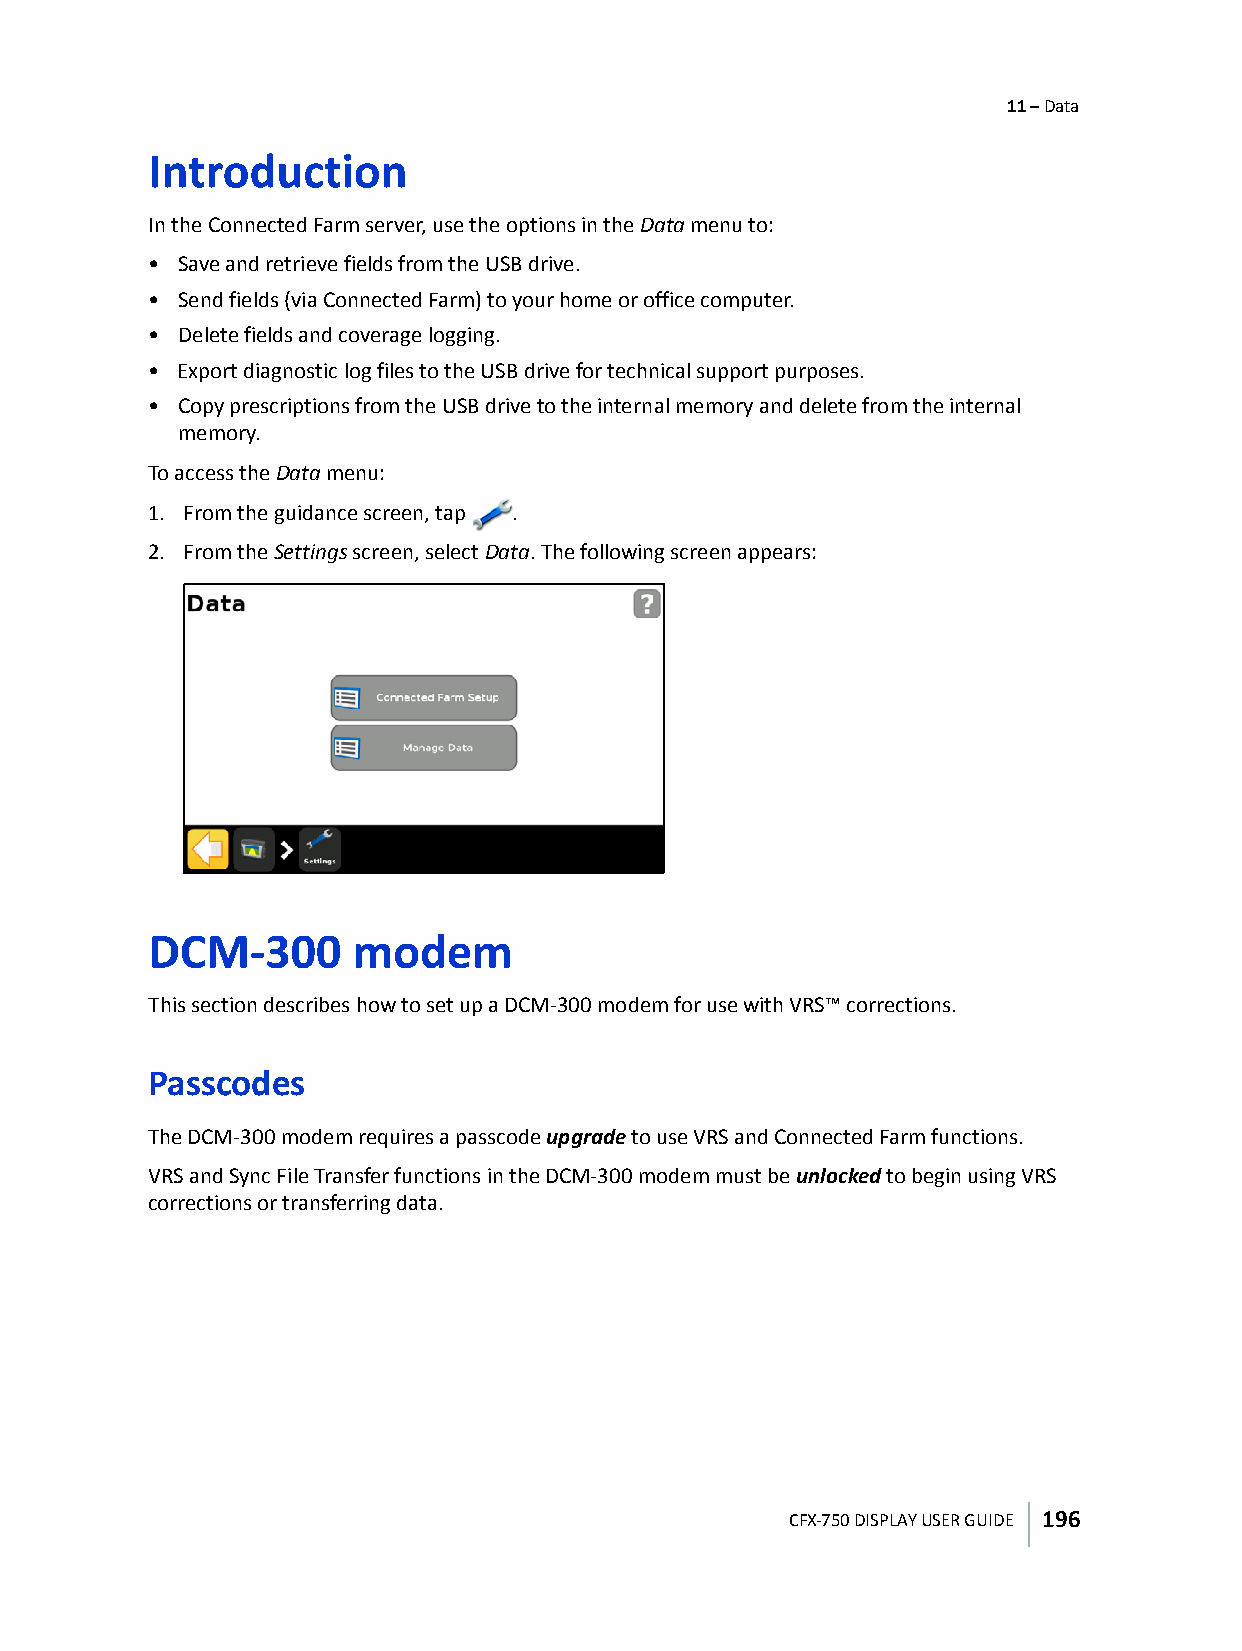
11 – Data
 Introduction
 In the Connected Farm server, use the options in the Data menu to:
 • Save and retrieve fields from the USB drive.
 • Send fields (via Connected Farm) to your home or office computer.
 • Delete fields and coverage logging.
 • Export diagnostic log files to the USB drive for technical support purposes.
 • Copy prescriptions from the USB drive to the internal memory and delete from the internal
 memory.
 To access the Data menu:
 1. From the guidance screen, tap .
 2. From the Settings screen, select Data. The following screen appears:
 DCM-300      modem
 This section describes how to set up a DCM-300 modem for use with VRS™ corrections.
 Passcodes
 The DCM-300 modem requires a passcode upgrade to use VRS and Connected Farm functions.
 VRS and Sync File Transfer functions in the DCM-300 modem must be unlocked to begin using VRS
 corrections or transferring data.
 CFX-750 DISPLAY USER GUIDE 196